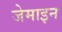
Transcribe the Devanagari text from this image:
जेमाइन